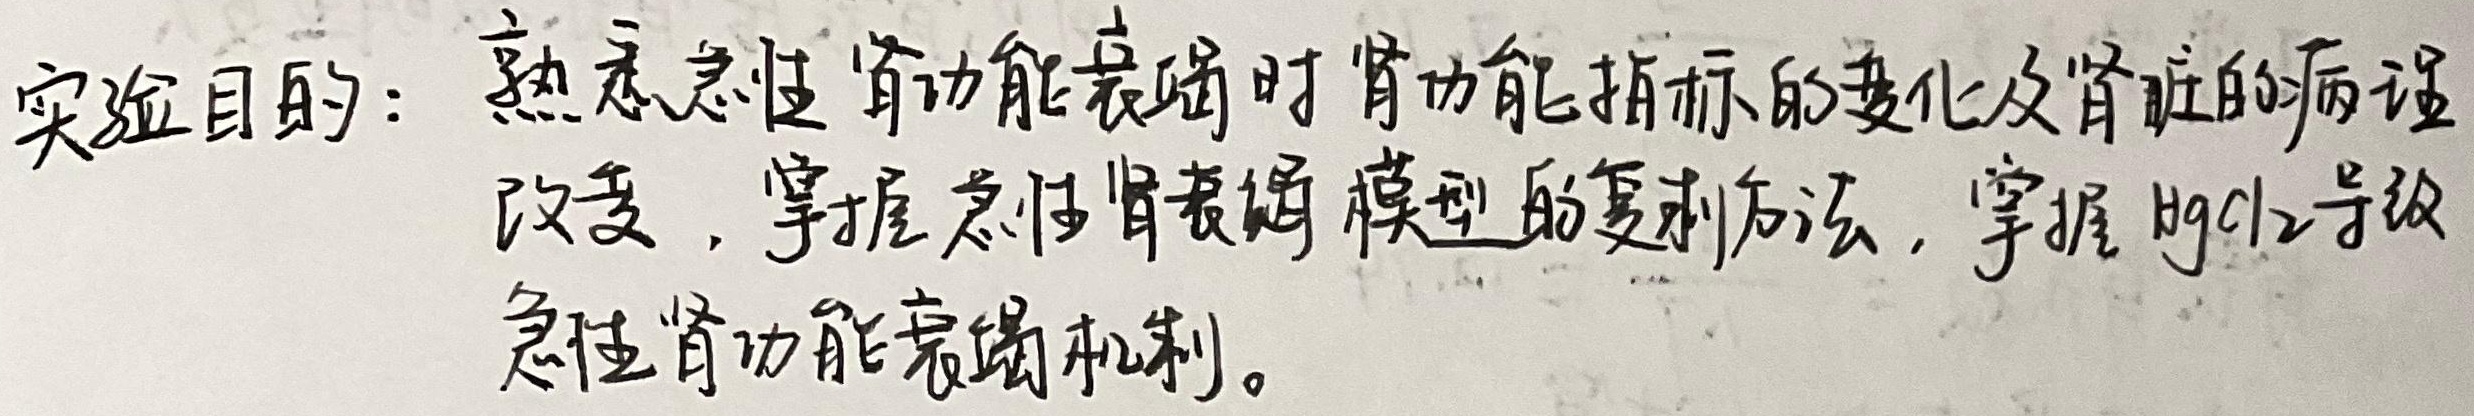
实验目的：熟悉急性肾功能衰竭时肾功能指标的变化及肾脏的病理改变，掌握急性肾衰竭模型的复制方法，掌握 \(HgCl_2\) 导致急性肾功能衰竭机制。